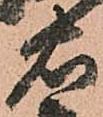
右